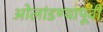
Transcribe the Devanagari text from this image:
ओलांडण्यापूर्वी